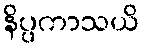
နိပ္ပကာသယိ